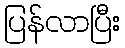
ပြန်လာပြီး